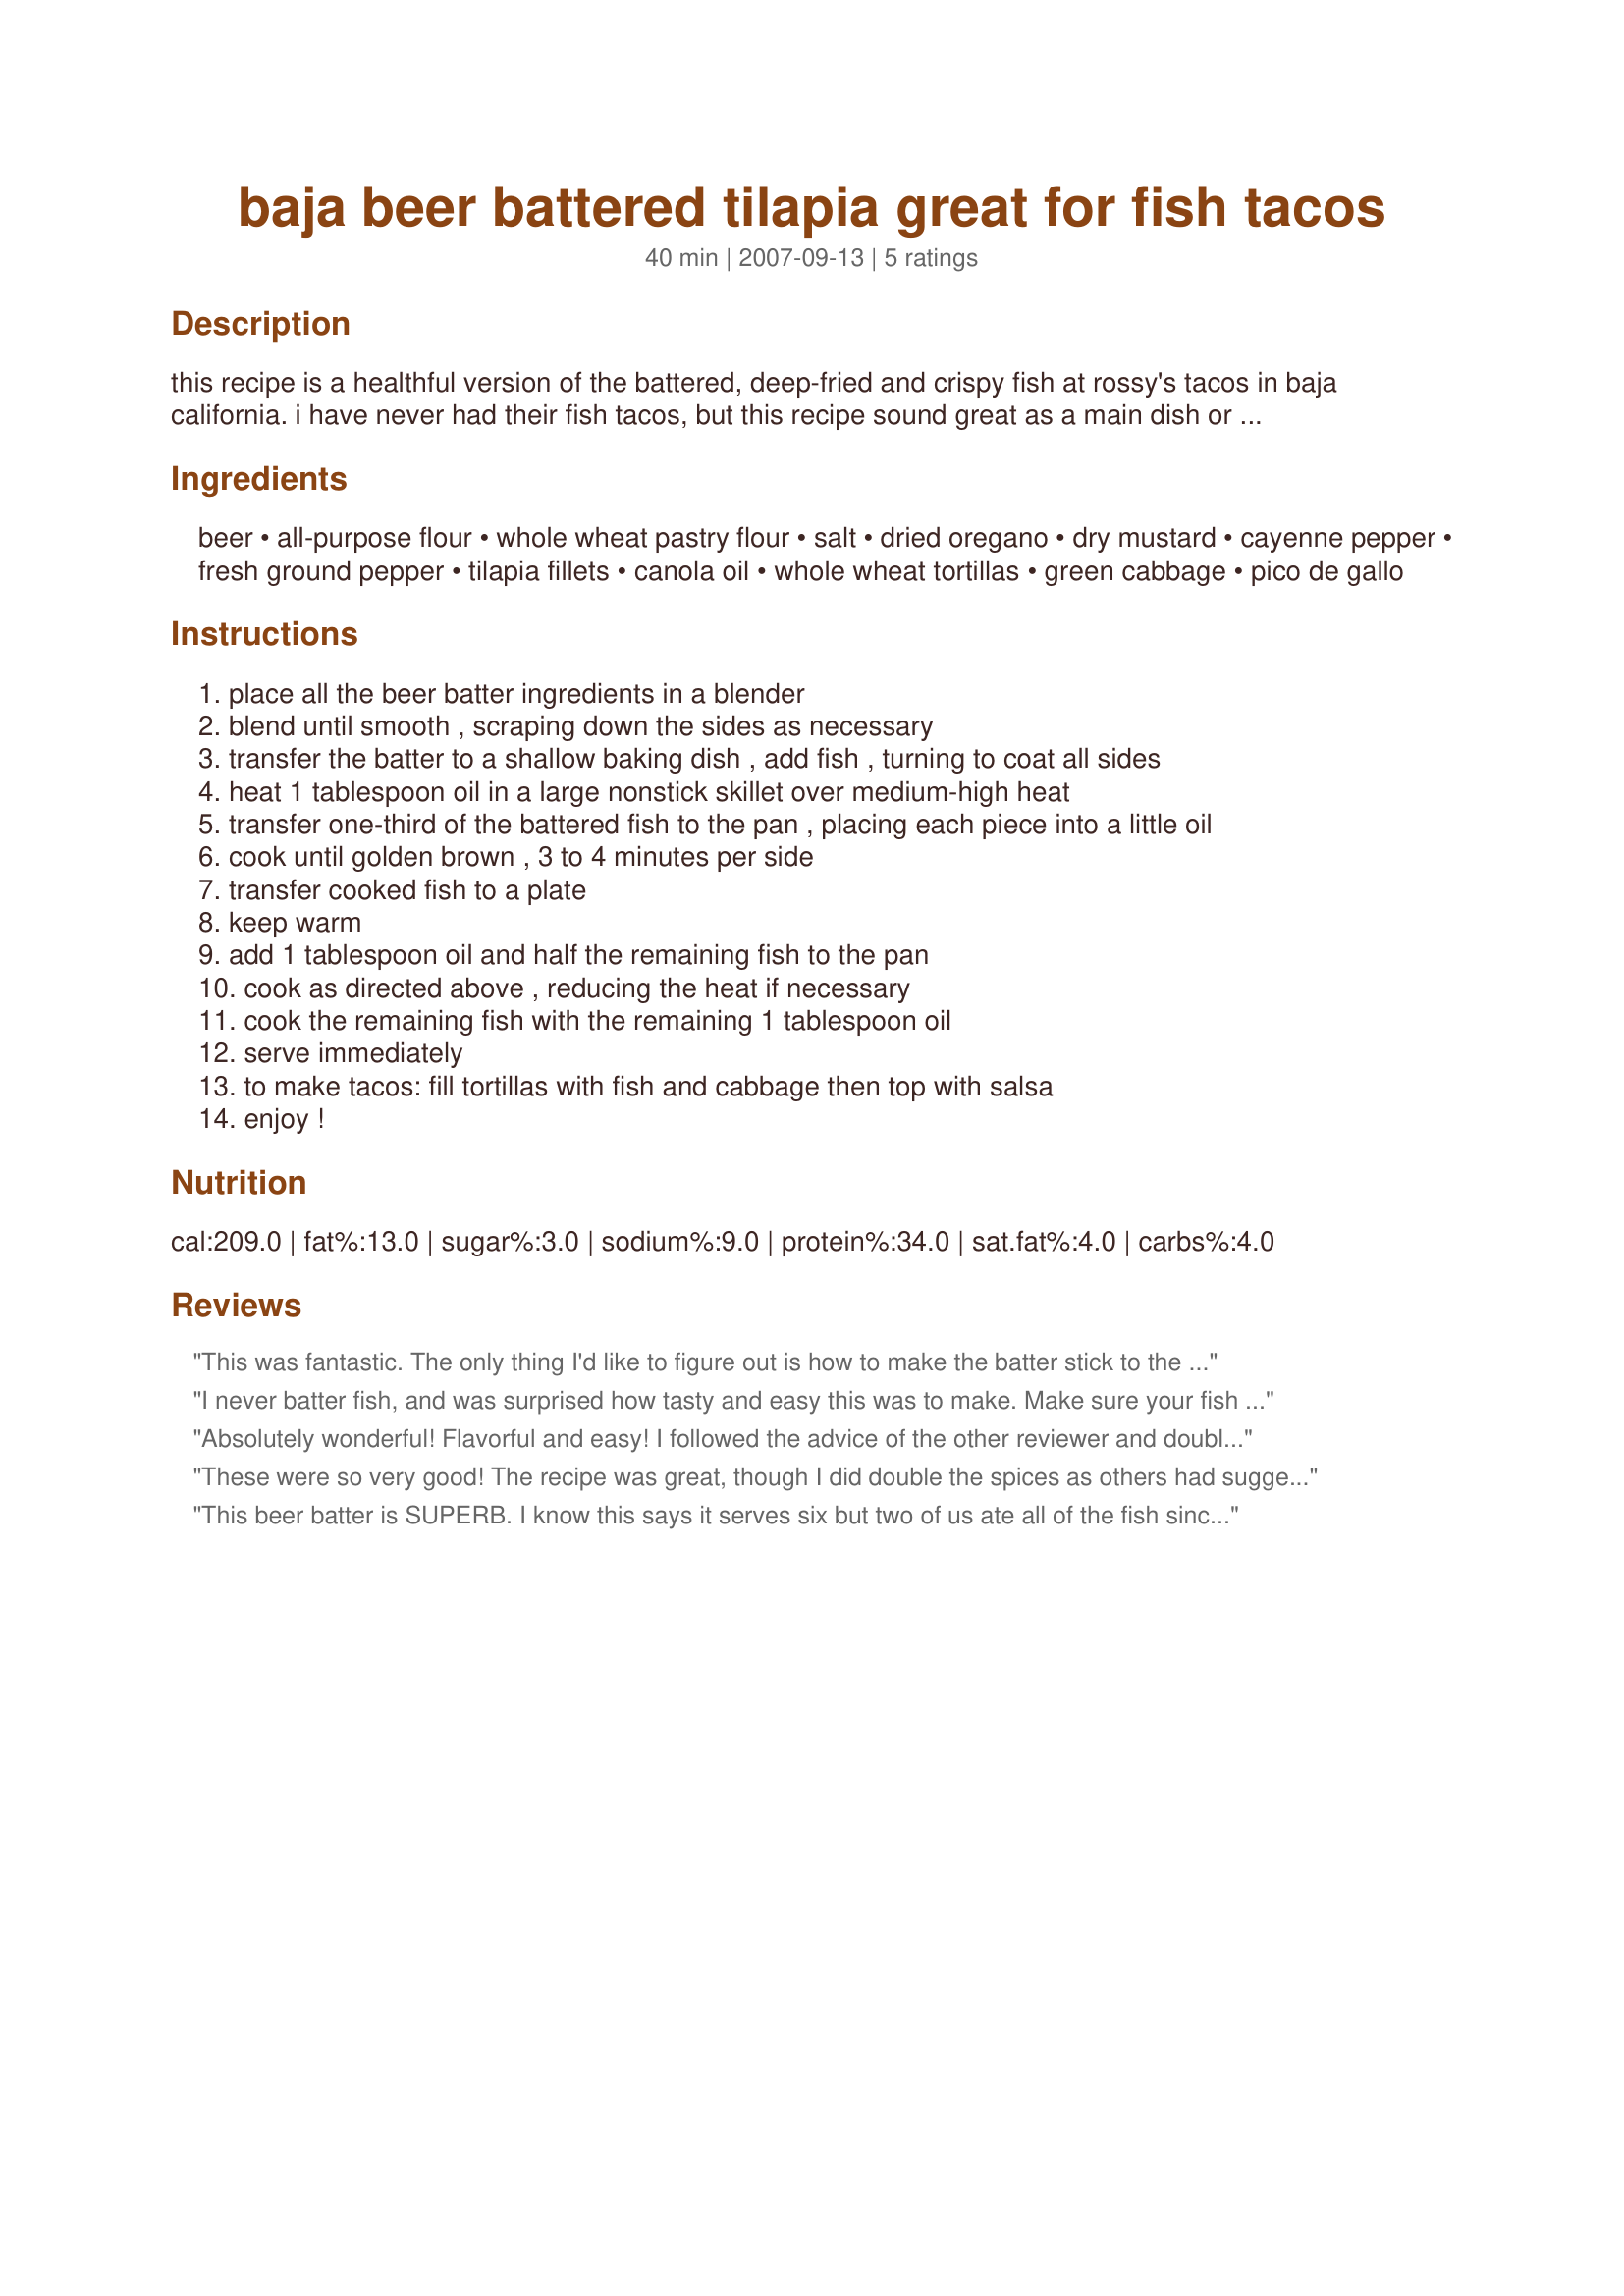
baja beer battered tilapia great for fish tacos
Preparation time: 40 minutes

this recipe is a healthful version of the battered, deep-fried and crispy fish at rossy's tacos in baja california. i have never had their fish tacos, but this recipe sound great as a main dish or in a taco. from eatingwell.com .

Ingredients:
beer, all-purpose flour, whole wheat pastry flour, salt, dried oregano, dry mustard, cayenne pepper, fresh ground pepper, tilapia fillets, canola oil, whole wheat tortillas, green cabbage, pico de gallo

Steps:
place all the beer batter ingredients in a blender
blend until smooth , scraping down the sides as necessary
transfer the batter to a shallow baking dish , add fish , turning to coat all sides
heat 1 tablespoon oil in a large nonstick skillet over medium-high heat
transfer one-third of the battered fish to the pan , placing each piece into a little oil
cook until golden brown , 3 to 4 minutes per side
transfer cooked fish to a plate
keep warm
add 1 tablespoon oil and half the remaining fish to the pan
cook as directed above , reducing the heat if necessary
cook the remaining fish with the remaining 1 tablespoon oil
serve immediately
to make tacos: fill tortillas with fish and cabbage then top with salsa
enjoy !

Reviews:
This was fantastic. The only thing I'd like to figure out is how to make the batter stick to the fist better. We also cut up a sweet onion and made a batch of onion rings with the left over batter.
I never batter fish, and was surprised how tasty and easy this was to make. Make sure your fish is dry before trying to batter. Just blot fish on paper towels before dipping in batter.
Absolutely wonderful! Flavorful and easy! I followed the advice of the other reviewer and doubled the spices since we like a lot of spice and it turned out great! I made homemade coleslaw (cabbage, carrots, yogurt, garlic salt, onion salt, vinegar and a little mayo) to put on top and served it with corn tortillas. Batter was nice and easy to make and turned out very light. I will use this recipe again for sure!
These were so very good! The recipe was great, though I did double the spices as others had suggested. Also used a mango-pineapple salsa to complement the fish. Yum! Can't wait to make these again. Thank you for posting.
This beer batter is SUPERB. I know this says it serves six but two of us ate all of the fish since it was so good! I doubled all spices except the salt. Be sure to dry off the fish well before coating with batter, so it sticks well. This is a quick and easy recipe that I'll make again!
